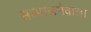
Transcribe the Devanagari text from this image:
सम्भालनेवाला